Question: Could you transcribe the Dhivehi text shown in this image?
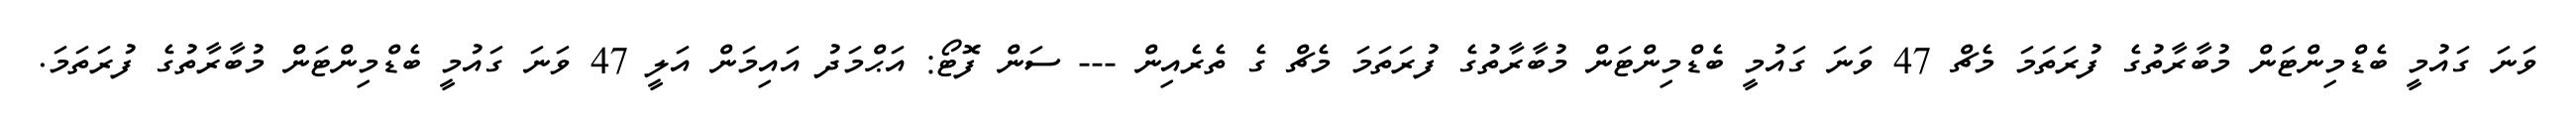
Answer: ވަނަ ގައުމީ ބެޑްމިންޓަން މުބާރާތުގެ ފުރަތަމަ މެޗް 47 ވަނަ ގައުމީ ބެޑްމިންޓަން މުބާރާތުގެ ފުރަތަމަ މެޗް ގެ ތެރެއިން --- ސަން ފޮޓޯ: އަޙްމަދު އައިމަން އަލީ 47 ވަނަ ގައުމީ ބެޑްމިންޓަން މުބާރާތުގެ ފުރަތަމަ.